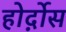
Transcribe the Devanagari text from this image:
होर्द़ोस